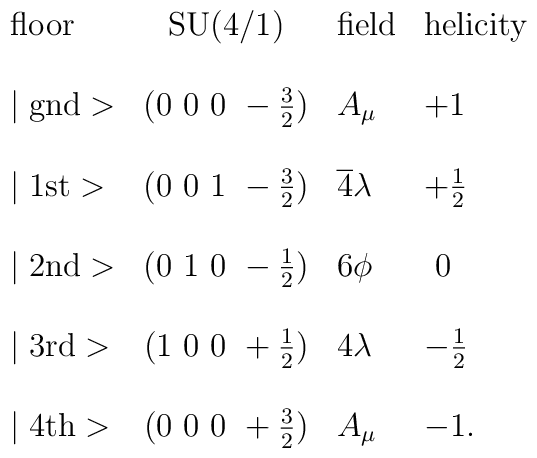
\begin{array}{lcll}\mbox{floor}     & \mbox{SU(4/1)}       & \mbox{field}& \mbox{helicity} \\\\\mid \mbox{gnd}> & (0~0~0~-\frac{3}{2}) & A_\mu              & +1 \\\\\mid \mbox{1st}> & (0~0~1~-\frac{3}{2}) & \overline 4 \lambda& +\frac{1}{2} \\\\\mid \mbox{2nd}> & (0~1~0~-\frac{1}{2}) & 6 \phi              & ~0 \\\\\mid \mbox{3rd}> & (1~0~0~+\frac{1}{2}) & 4 \lambda& -\frac{1}{2} \\\\\mid \mbox{4th}> & (0~0~0~+\frac{3}{2}) & A_\mu               & -1. \\\end{array}